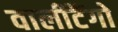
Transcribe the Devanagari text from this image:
वालीटैंगो